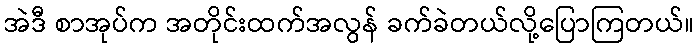
အဲဒီ စာအုပ်က အတိုင်းထက်အလွန် ခက်ခဲတယ်လို့ပြောကြတယ်။